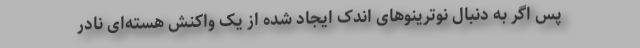
پس اگر به دنبال نوترینوهای اندک ایجاد شده از یک واکنش هسته‌ای نادر